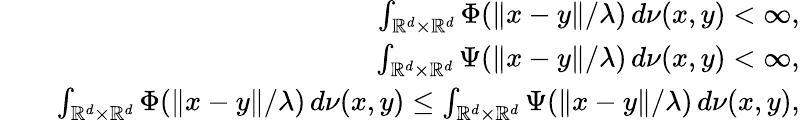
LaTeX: \begin{array}{rlr}&{}&{\int_{\mathbb{R}^{d}\times\mathbb{R}^{d}}\Phi(\| x-y\| /\lambda)\, d\nu(x,y)<\infty,}\\ &{}&{\int_{\mathbb{R}^{d}\times\mathbb{R}^{d}}\Psi(\| x-y\| /\lambda)\, d\nu(x,y)<\infty,}\\ &{}&{\int_{\mathbb{R}^{d}\times\mathbb{R}^{d}}\Phi(\| x-y\| /\lambda)\, d\nu(x,y)\leq\int_{\mathbb{R}^{d}\times\mathbb{R}^{d}}\Psi(\| x-y\| /\lambda)\, d\nu(x,y),}\end{array}